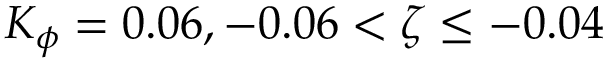
K _ { \phi } = 0 . 0 6 , - 0 . 0 6 < \zeta \leq - 0 . 0 4